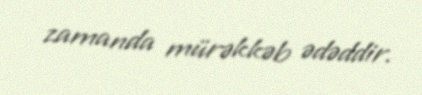
zamanda mürəkkəb ədəddir.